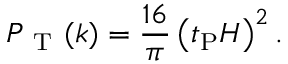
{ \cal P } _ { \mathrm { ~ T ~ } } ( k ) = \frac { 1 6 } { \pi } \left( t _ { \mathrm { P } } H \right) ^ { 2 } .